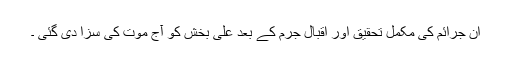
ان جرائم کی مکمل تحقیق اور اقبال جرم کے بعد علی بخش کو آج موت کی سزا دی گئی ۔